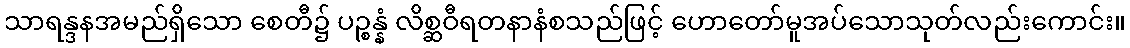
သာရန္ဒနအမည်ရှိသော စေတီ၌ ပဉ္စန္နံ လိစ္ဆဝီရတနာနံစသည်ဖြင့် ဟောတော်မူအပ်သောသုတ်လည်းကောင်း။